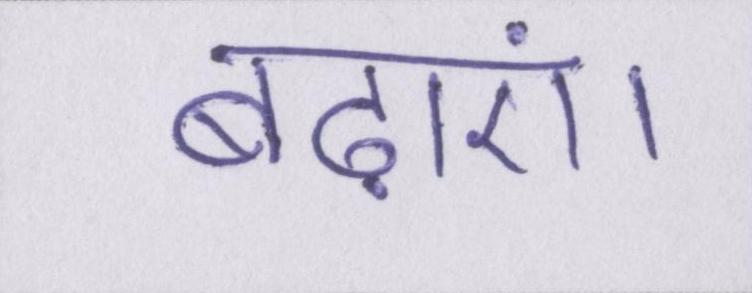
बढ़ाएं।